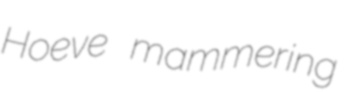
Hoeve mammering